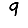
Digit: 9